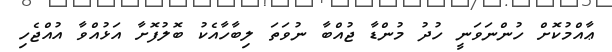
ޢާއްމުކޮށް ހުންނަވަނީ ހުދު މުންޑާ ޖުއްބާ ނުވަތަ ލިބާހާއެކު ބޮލުފޮށާ އަޅުއްވާ އުއްޖެހި